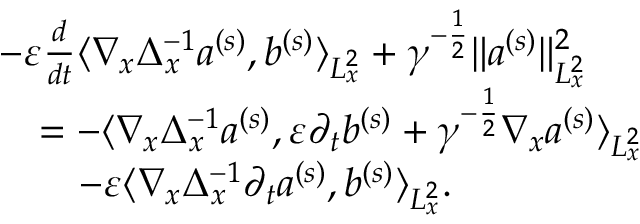
\begin{array} { r l } & { - \varepsilon \frac { d } { d t } \langle \nabla _ { x } \Delta _ { x } ^ { - 1 } a ^ { ( s ) } , b ^ { ( s ) } \rangle _ { L _ { x } ^ { 2 } } + \gamma ^ { - \frac { 1 } { 2 } } \| a ^ { ( s ) } \| _ { L _ { x } ^ { 2 } } ^ { 2 } } \\ & { \quad = - \langle \nabla _ { x } \Delta _ { x } ^ { - 1 } a ^ { ( s ) } , \varepsilon \partial _ { t } b ^ { ( s ) } + \gamma ^ { - \frac { 1 } { 2 } } \nabla _ { x } a ^ { ( s ) } \rangle _ { L _ { x } ^ { 2 } } } \\ & { \quad \quad - \varepsilon \langle \nabla _ { x } \Delta _ { x } ^ { - 1 } \partial _ { t } a ^ { ( s ) } , b ^ { ( s ) } \rangle _ { L _ { x } ^ { 2 } } . } \end{array}